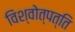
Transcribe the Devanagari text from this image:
विश्वोत्पत्ति